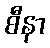
စီနာ